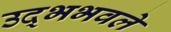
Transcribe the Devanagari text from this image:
उद्भभवले